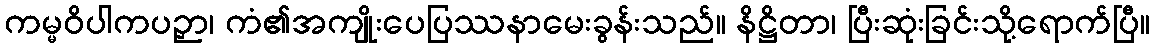
ကမ္မဝိပါကပဉှာ၊ ကံ၏အကျိုးပေပြဿနာမေးခွန်းသည်။ နိဋ္ဌိတာ၊ ပြီးဆုံးခြင်းသို့ရောက်ပြီ။